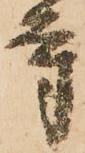
寺